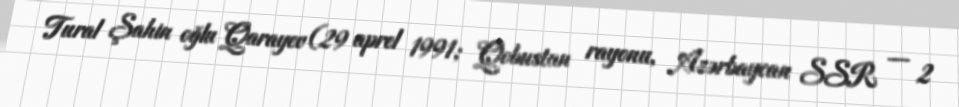
Tural Şahin oğlu Qarayev (29 aprel 1991; Qobustan rayonu, Azərbaycan SSR — 2